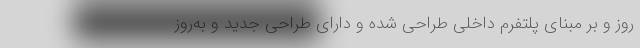
روز و بر مبنای پلتفرم داخلی طراحی شده و دارای طراحی جدید و به‌روز